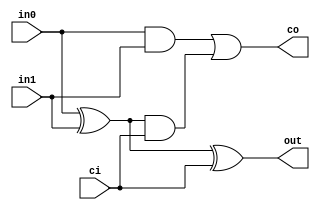
module TC_FullAdder (in0, in1, ci, out, co);
    parameter UUID = 0;
    parameter NAME = "";
    input in0;
    input in1;
    input ci;
    output out;
    output co;
    
    assign out = in0 ^ in1 ^ ci;
    assign co = (in0 & in1) | ((in0 ^ in1) & ci);
endmodule